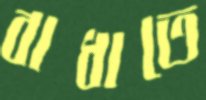
বাধাতে